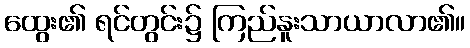
ထွေး၏ ရင်တွင်း၌ ကြည်နူးသာယာလာ၏။